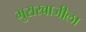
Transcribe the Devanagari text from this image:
मुरारबाजीला